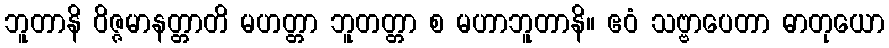
ဘူတာနိ ဝိဇ္ဇမာနတ္တာတိ မဟတ္တာ ဘူတတ္တာ စ မဟာဘူတာနိ။ ဧဝံ သဗ္ဗာပေတာ ဓာတုယော